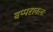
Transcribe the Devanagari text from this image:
बप्परावलः